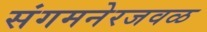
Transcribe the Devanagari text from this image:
संगमनेरजवळ